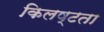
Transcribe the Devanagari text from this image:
किलष्टता